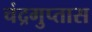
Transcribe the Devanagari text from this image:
चंद्रगुप्तास